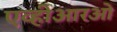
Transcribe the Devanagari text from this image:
एव्हीआरओ